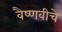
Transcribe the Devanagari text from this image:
वैष्णवीचे